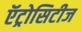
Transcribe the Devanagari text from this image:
ऍट्रोसिटीज